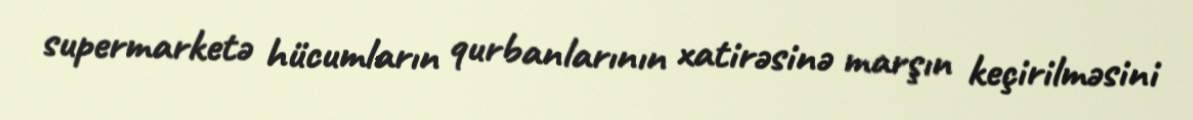
supermarketə hücumların qurbanlarının xatirəsinə marşın keçirilməsini